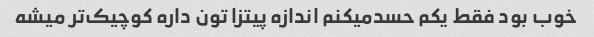
خوب بود فقط یکم حسدمیکنم اندازه پیتزا تون داره کوچیک‌تر میشه